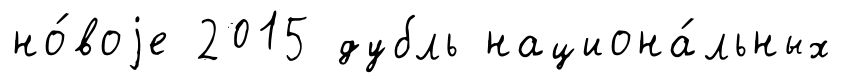
но́воjе 2015 дубль национа́льных